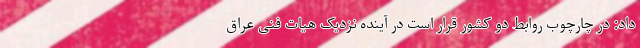
داد: در چارچوب روابط دو کشور قرار است در آینده نزدیک هیات فنی عراق